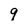
Character: 9